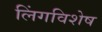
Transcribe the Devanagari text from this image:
लिंगविशेष